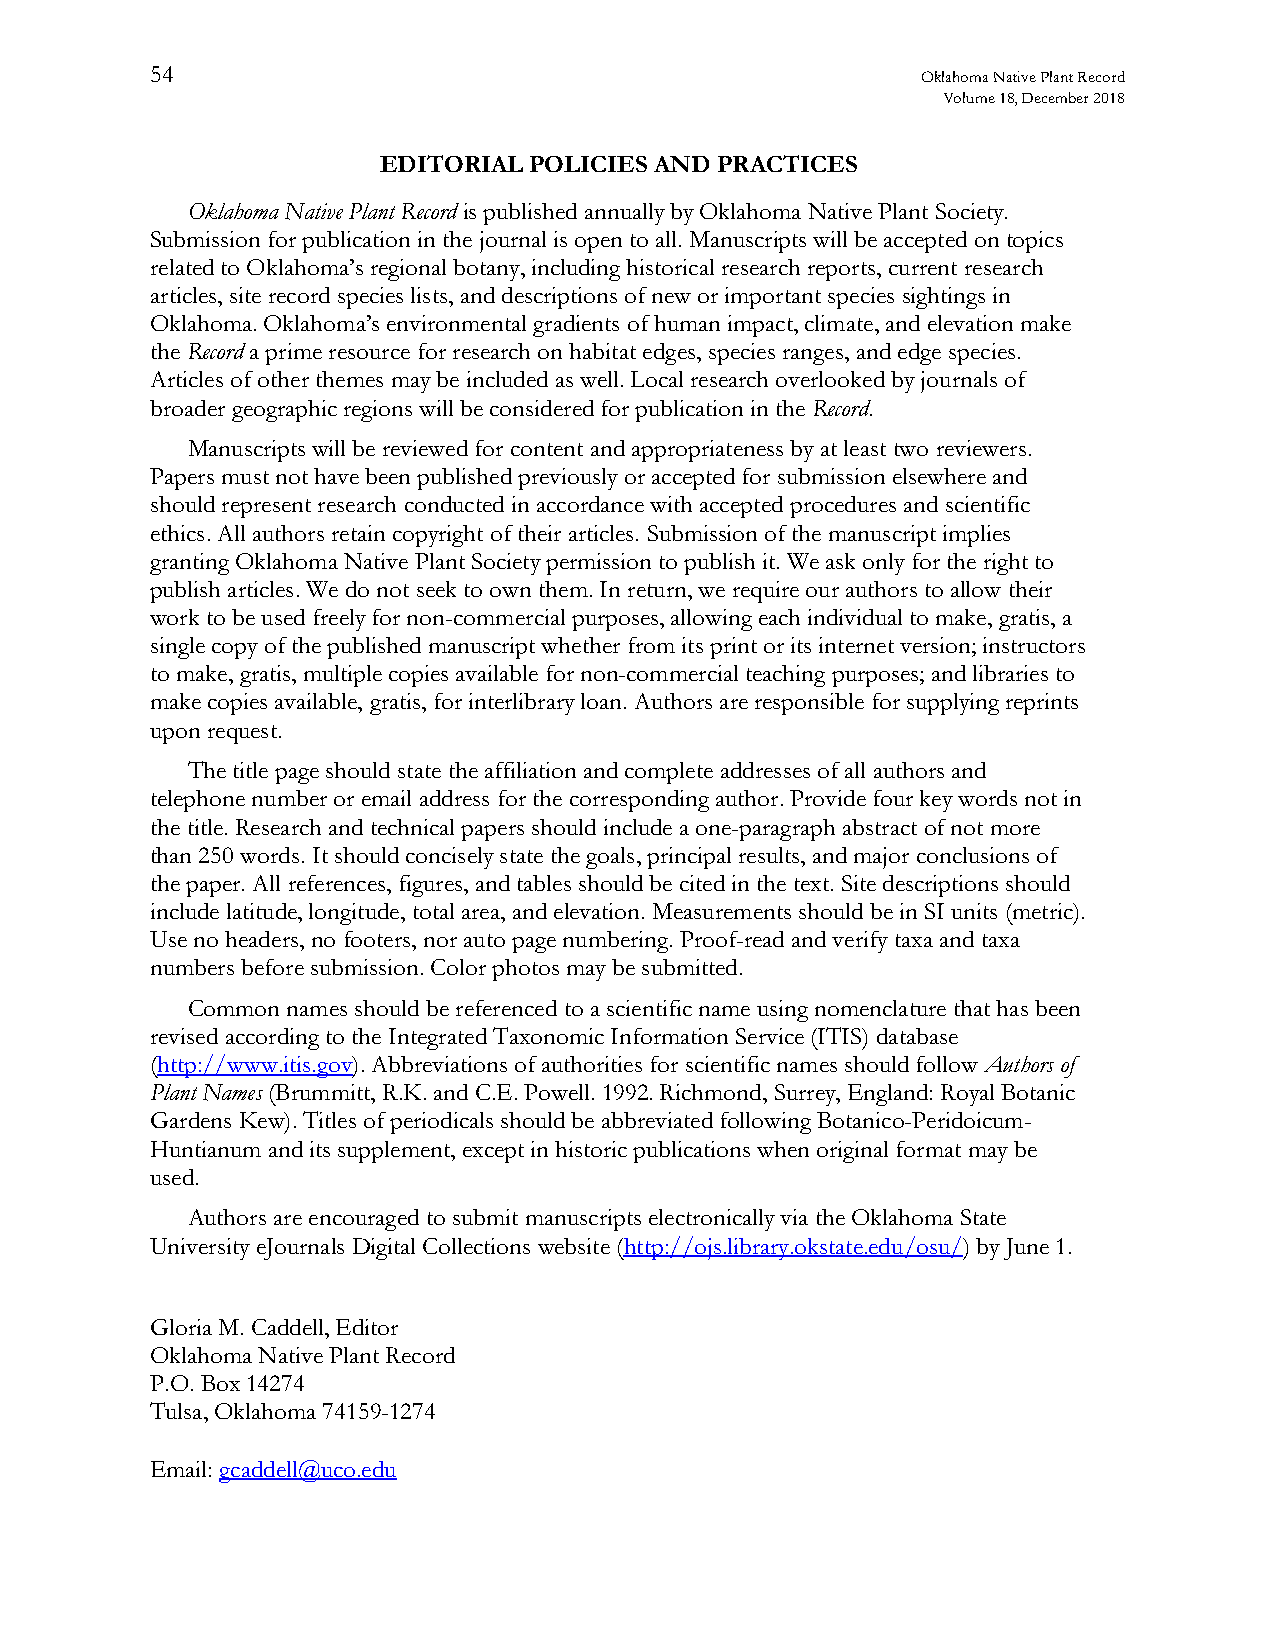
54                                                 Oklahoma Native Plant Record
 Volume 18, December 2018
 EDITORIAL POLICIES AND PRACTICES
 Oklahoma Native Plant Record is published annually by Oklahoma Native Plant Society.
 Submission for publication in the journal is open to all. Manuscripts will be accepted on topics
 related to Oklahoma’s regional botany, including historical research reports, current research
 articles, site record species lists, and descriptions of new or important species sightings in
 Oklahoma. Oklahoma’s environmental gradients of human impact, climate, and elevation make
 the Record a prime resource for research on habitat edges, species ranges, and edge species.
 Articles of other themes may be included as well. Local research overlooked by journals of
 broader geographic regions will be considered for publication in the Record.
 Manuscripts will be reviewed for content and appropriateness by at least two reviewers.
 Papers must not have been published previously or accepted for submission elsewhere and
 should represent research conducted in accordance with accepted procedures and scientific
 ethics. All authors retain copyright of their articles. Submission of the manuscript implies
 granting Oklahoma Native Plant Society permission to publish it. We ask only for the right to
 publish articles. We do not seek to own them. In return, we require our authors to allow their
 work to be used freely for non-commercial purposes, allowing each individual to make, gratis, a
 single copy of the published manuscript whether from its print or its internet version; instructors
 to make, gratis, multiple copies available for non-commercial teaching purposes; and libraries to
 make copies available, gratis, for interlibrary loan. Authors are responsible for supplying reprints
 upon request.
 The title page should state the affiliation and complete addresses of all authors and
 telephone number or email address for the corresponding author. Provide four key words not in
 the title. Research and technical papers should include a one-paragraph abstract of not more
 than 250 words. It should concisely state the goals, principal results, and major conclusions of
 the paper. All references, figures, and tables should be cited in the text. Site descriptions should
 include latitude, longitude, total area, and elevation. Measurements should be in SI units (metric).
 Use no headers, no footers, nor auto page numbering. Proof-read and verify taxa and taxa
 numbers before submission. Color photos may be submitted.
 Common names should be referenced to a scientific name using nomenclature that has been
 revised according to the Integrated Taxonomic Information Service (ITIS) database
 (http://www.itis.gov). Abbreviations of authorities for scientific names should follow Authors of
 Plant Names (Brummitt, R.K. and C.E. Powell. 1992. Richmond, Surrey, England: Royal Botanic
 Gardens Kew). Titles of periodicals should be abbreviated following Botanico-Peridoicum-
 Huntianum and its supplement, except in historic publications when original format may be
 used.
 Authors are encouraged to submit manuscripts electronically via the Oklahoma State
 University eJournals Digital Collections website (http://ojs.library.okstate.edu/osu/) by June 1.
 Gloria M. Caddell, Editor
 Oklahoma Native Plant Record
 P.O. Box 14274
 Tulsa, Oklahoma 74159-1274
 Email: gcaddell@uco.edu